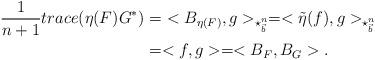
LaTeX: \begin{align*}\frac{1}{n+1}trace(\eta(F)G^{\ast}) & =\ <B_{\eta(F)},g>_{\star_{\vec{b}}^{n}}=<\tilde{\eta}(f),g>_{\star_{\vec{b}}^{n}}\ \\& =<{f},g>=<B_{F},B_{G}>.\end{align*}